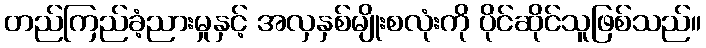
တည်ကြည်ခံ့ညားမှုနှင့် အလှနှစ်မျိုးစလုံးကို ပိုင်ဆိုင်သူဖြစ်သည်။